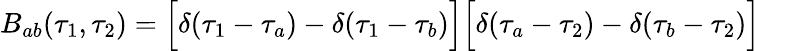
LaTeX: B_{ab}(\tau_{1},\tau_{2})=\Bigl[\delta(\tau_{1}-\tau_{a})-\delta(\tau_{1}-\tau_{b})\Bigr]\Bigl[\delta(\tau_{a}-\tau_{2})-\delta(\tau_{b}-\tau_{2})\Bigr]\quad